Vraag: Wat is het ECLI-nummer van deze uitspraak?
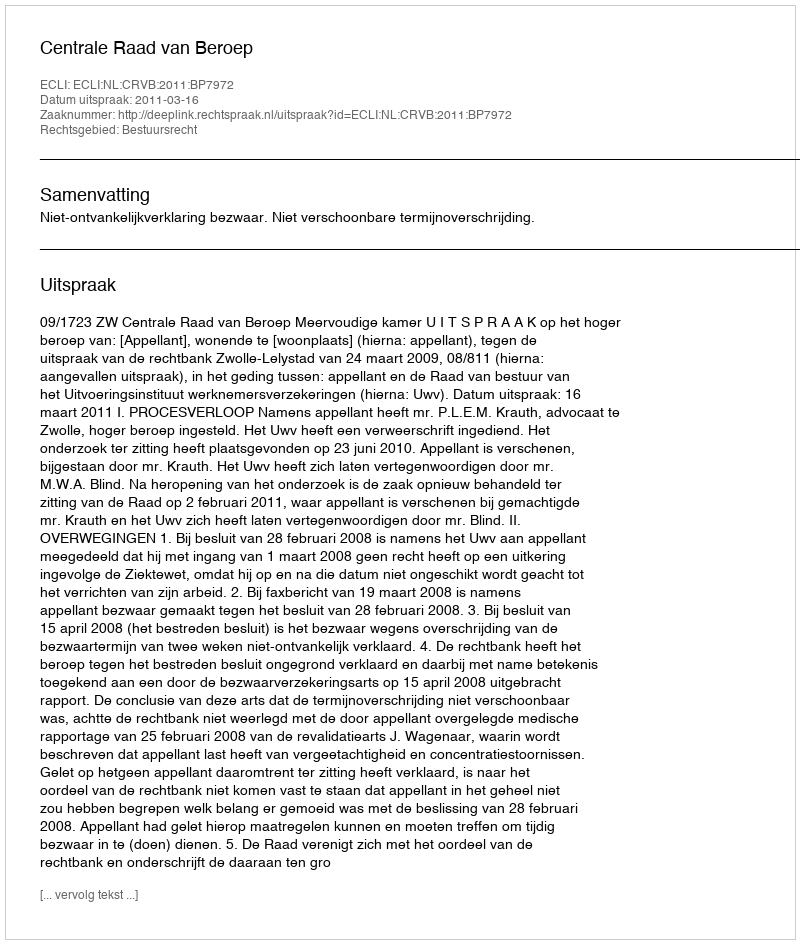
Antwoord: ECLI:NL:CRVB:2011:BP7972